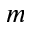
m